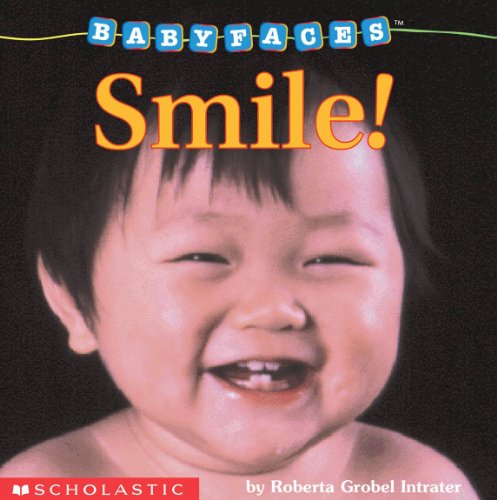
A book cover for Baby Faces Board Book #2: Smile!; Roberta Grobel Intrater; Arts & Photography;